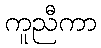
ကူညီကာ